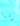
يا